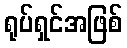
ရုပ်ရှင်အဖြစ်